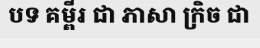
បទ គម្ពីរ ជា ភាសា ក្រិច ជា